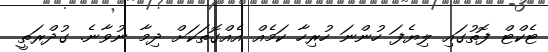
ޓެކްޓް ފޮތުގައި ލިޔެފަ ހުންނަ ހުރިހާ ކަމެއް އެއްގޮތަކަށް ދިމާ ނުވާނެ. ގުދްރަތީ